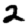
Digit: 2